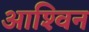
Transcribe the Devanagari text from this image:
आश्‍विन